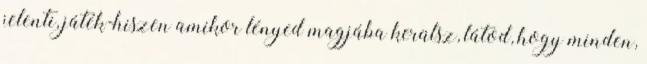
jelenti, játék-hiszen amikor lényed magjába kerülsz, látod, hogy minden,